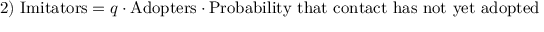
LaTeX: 2 ) \ { \mathrm { I m i t a t o r s } } = q \cdot { \mathrm { A d o p t e r s } } \cdot { \mathrm { P r o b a b i l i t y ~ t h a t ~ c o n t a c t ~ h a s ~ n o t ~ y e t ~ a d o p t e d } }